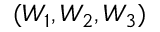
( W _ { 1 } , W _ { 2 } , W _ { 3 } )